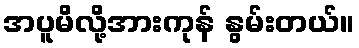
အပူမိလို့အားကုန် နွမ်းတယ်။